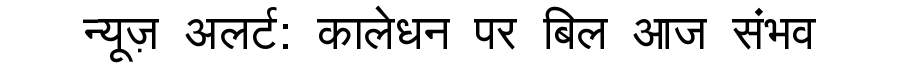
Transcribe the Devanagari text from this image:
न्यूज़ अलर्ट: कालेधन पर बिल आज संभव